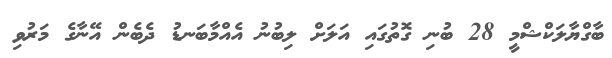
ބާގްޔާލަކްޝްމީ 28 ބުނި ގޮތުގައި އަލަށް ލިބުނު އެއްމާބަނޑު ދެބެން އޭނާގެ މަރުވި